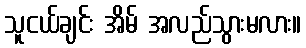
သူငယ်ချင်း အိမ် အလည်သွားမလား။